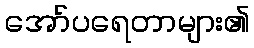
အော်ပရေတာများ၏